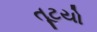
તૂટયો